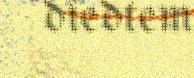
dïedtem